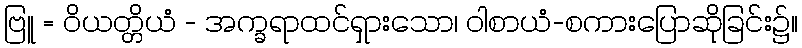
ဗြူ = ဝိယတ္တိယံ - အက္ခရာထင်ရှားသော၊ ဝါစာယံ-စကားပြောဆိုခြင်း၌။